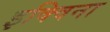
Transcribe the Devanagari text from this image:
इक्विना